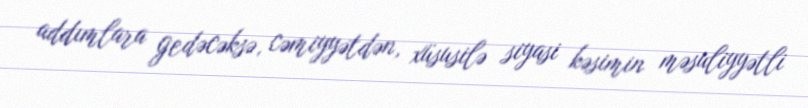
addımlara gedəcəksə, cəmiyyətdən, xüsusilə siyasi kəsimin məsuliyyətli